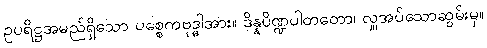
ဥပရိဋ္ဌအမည်ရှိသော ပစ္စေကဗုဒ္ဓါအား။ ဒိန္နပိဏ္ဍပါတတော၊ လှူအပ်သောဆွမ်းမှ။